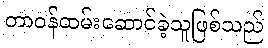
တာဝန်ထမ်းဆောင်ခဲ့သူဖြစ်သည်